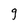
Character: g